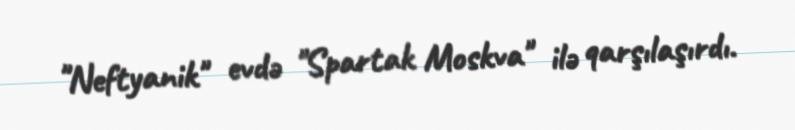
"Neftyanik" evdə "Spartak Moskva" ilə qarşılaşırdı.